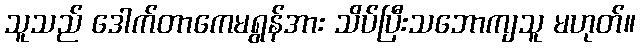
သူသည် ဒေါက်တာကေမရွန်အား သိပ်ပြီးသဘောကျသူ မဟုတ်။